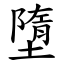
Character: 墮